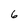
Character: 6